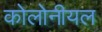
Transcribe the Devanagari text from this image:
कोलोनीयल